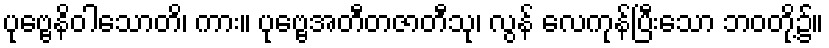
ပုဗ္ဗေနိဝါသောတိ၊ ကား။ ပုဗ္ဗေအတီတဇာတီသု၊ လွန် လေကုန်ပြီးသော ဘဝတို့၌။